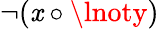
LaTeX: \lnot(\mathit{x}\circ\lnoty)